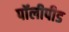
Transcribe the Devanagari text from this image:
पॉलीपीड